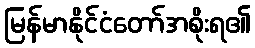
မြန်မာနိုင်ငံတော်အစိုးရ၏